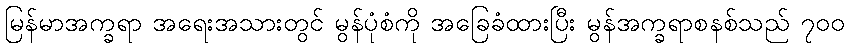
မြန်မာအက္ခရာ အရေးအသားတွင် မွန်ပုံစံကို အခြေခံထားပြီး မွန်အက္ခရာစနစ်သည် ၇၀၀